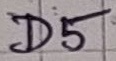
Text: D5